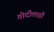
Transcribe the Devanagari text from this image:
गोदीलाही